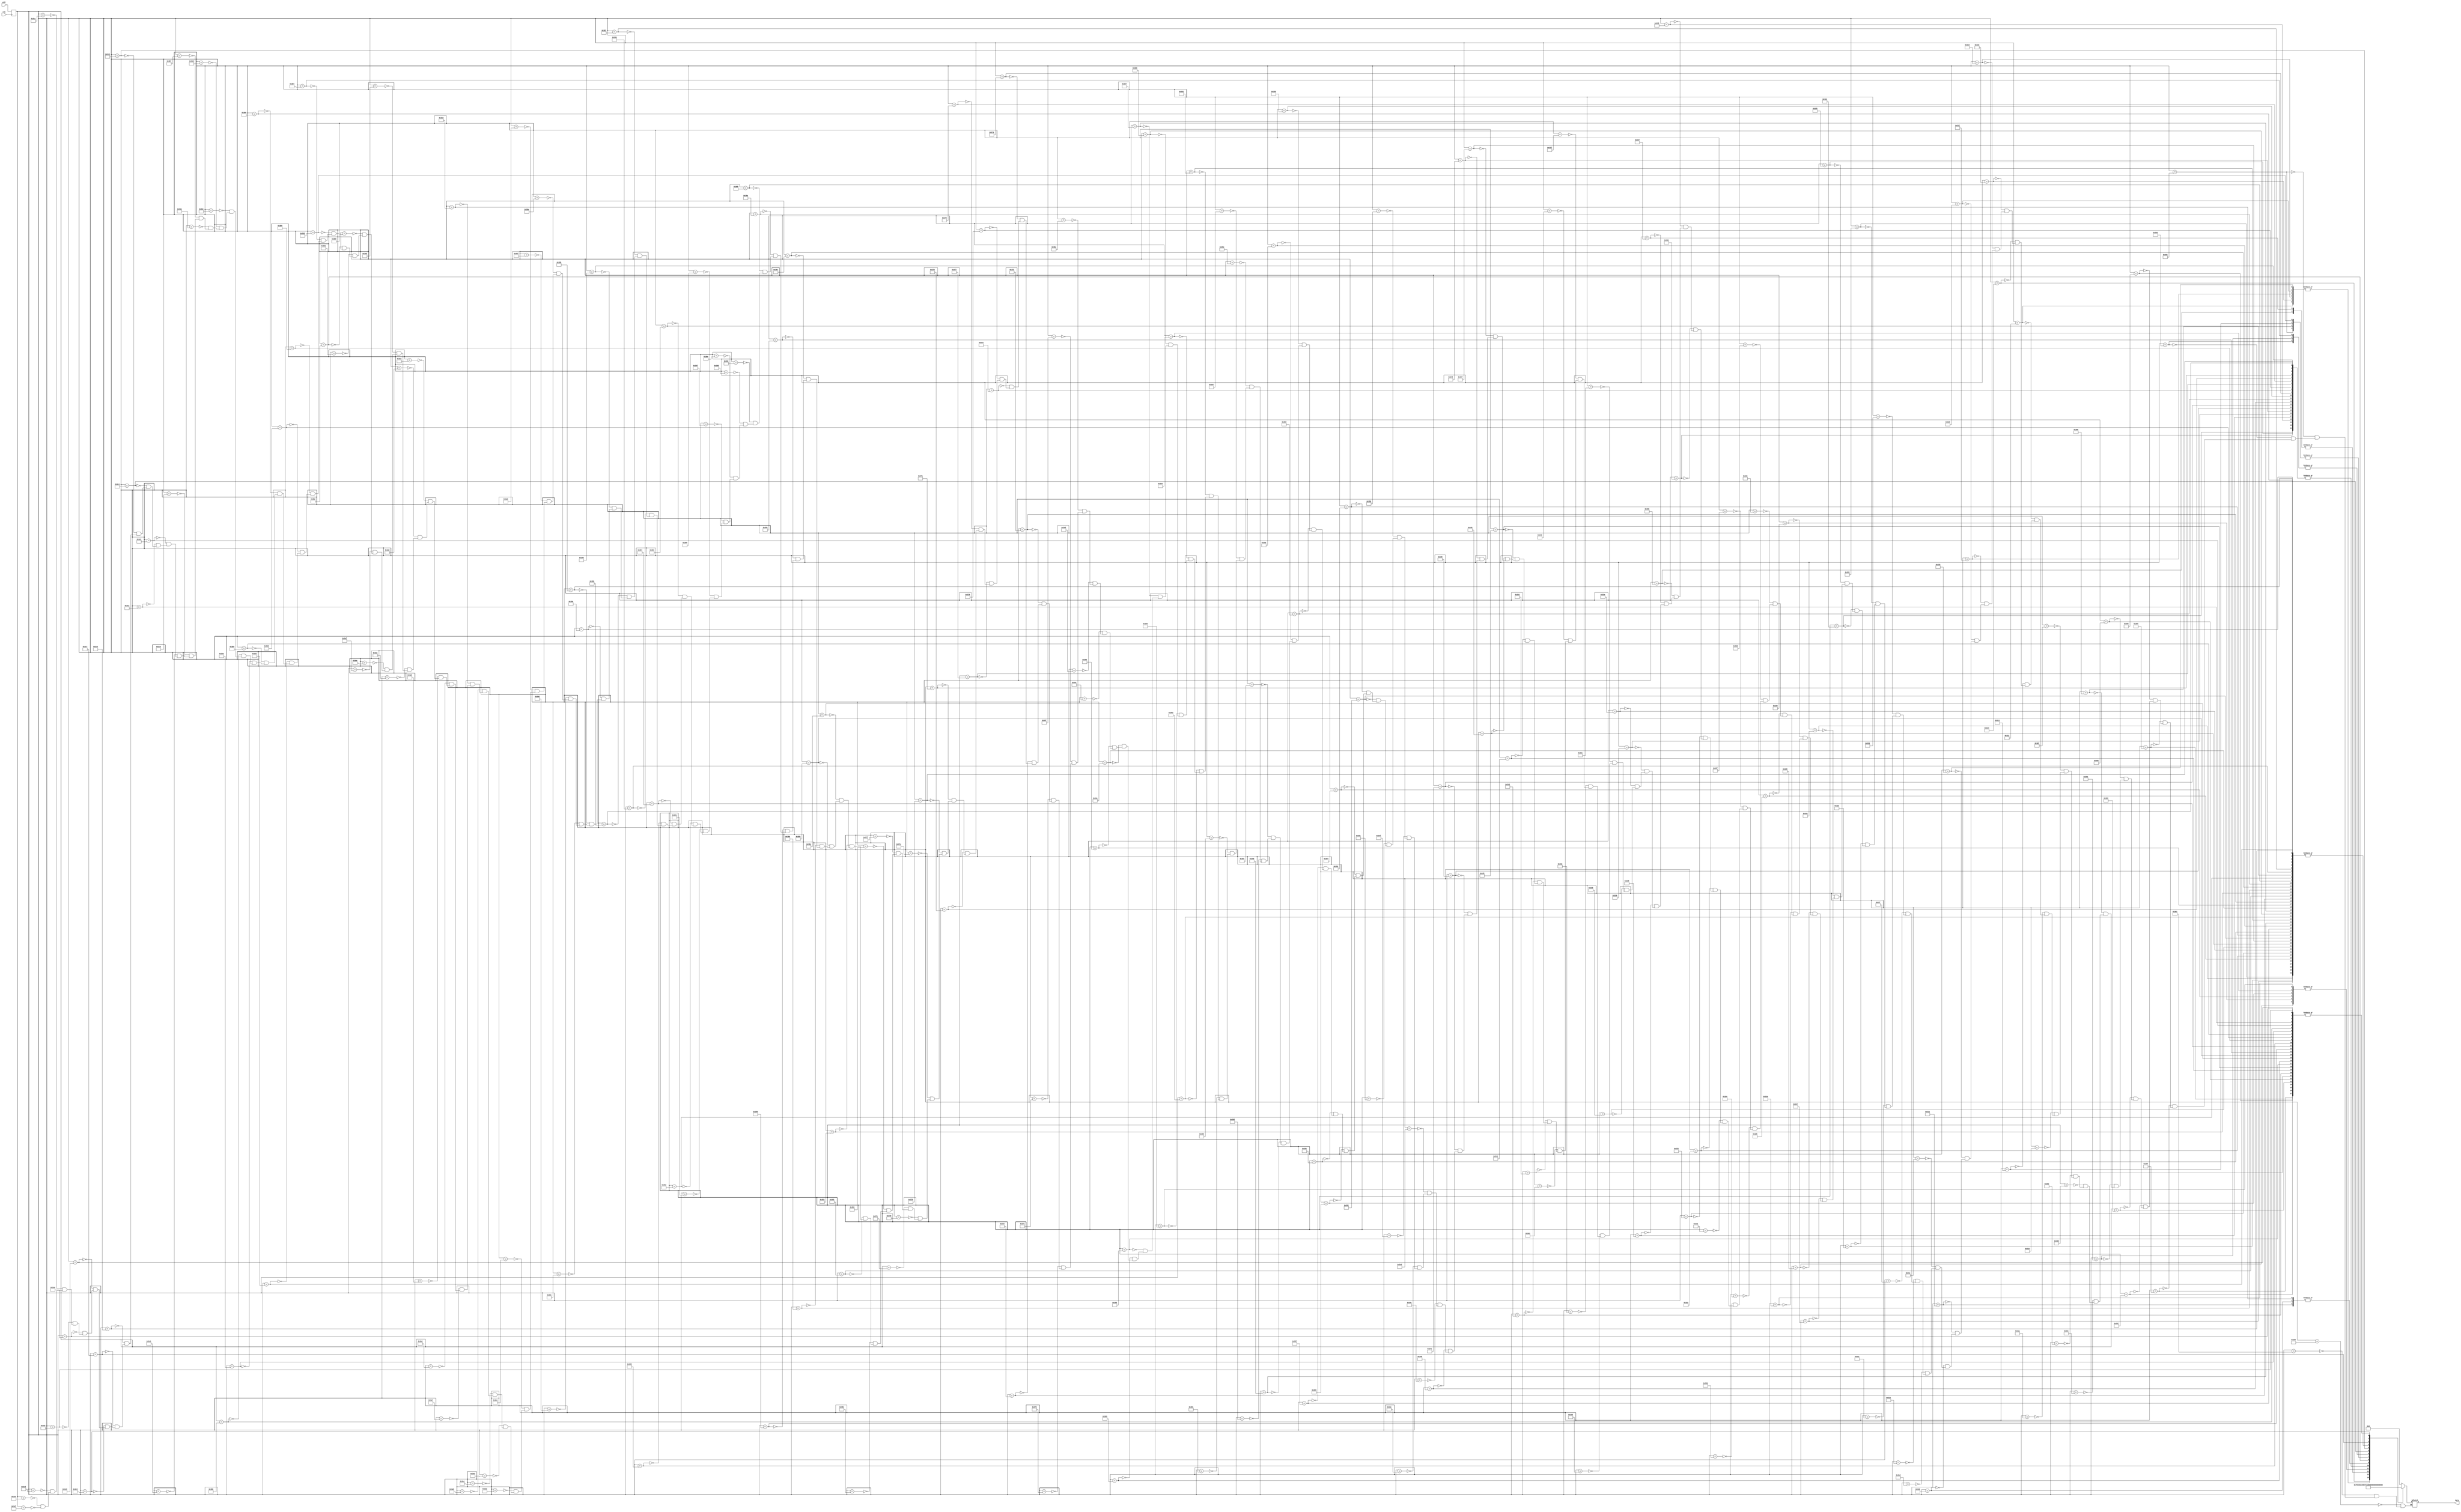
`timescale 1ns /1ps
///////////////////////////////////////////////////////////////////
// Authored by David J. Marion aka FPGA Dude
// Created on 4/11/2022
//
// Description: ROM containing 8x16 ascii characters 0-9 and :
// for the VGA Clock
///////////////////////////////////////////////////////////////////

module digits_rom(
	input clk, 
	input wire [10:0] addr,
	output reg [7:0] data
	);

	(* rom_style = "block" *)	// Infer BRAM

	reg [10:0] addr_reg;
	
	always @(posedge clk)
		addr_reg <= addr;
		
	always @*
		case(addr_reg)
			// code x30 (0)
			11'h300: data = 8'b00000000;	//
			11'h301: data = 8'b00000000;	//
			11'h302: data = 8'b00111000;	//  ***  
			11'h303: data = 8'b01101100;	// ** **
			11'h304: data = 8'b11000110;	//**   **
			11'h305: data = 8'b11000110;	//**   **
			11'h306: data = 8'b11000110;	//**   **
			11'h307: data = 8'b11000110;	//**   **
			11'h308: data = 8'b11000110;	//**   **
			11'h309: data = 8'b11000110;	//**   **
			11'h30a: data = 8'b01101100;	// ** **
			11'h30b: data = 8'b00111000;	//  ***
			11'h30c: data = 8'b00000000;	//
			11'h30d: data = 8'b00000000;	//
			11'h30e: data = 8'b00000000;	//
			11'h30f: data = 8'b00000000;	//
			// code x31 (1)
			11'h310: data = 8'b00000000;	//
			11'h311: data = 8'b00000000;	//
			11'h312: data = 8'b00011000;	//   **  
			11'h313: data = 8'b00111000;	//  ***
			11'h314: data = 8'b01111000;	// ****
			11'h315: data = 8'b00011000;	//   **
			11'h316: data = 8'b00011000;	//   **
			11'h317: data = 8'b00011000;	//   **
			11'h318: data = 8'b00011000;	//   **
			11'h319: data = 8'b00011000;	//   **
			11'h31a: data = 8'b01111110;	// ******
			11'h31b: data = 8'b01111110;	// ******
			11'h31c: data = 8'b00000000;	//
			11'h31d: data = 8'b00000000;	//
			11'h31e: data = 8'b00000000;	//
			11'h31f: data = 8'b00000000;	//
			// code x32 (2)
			11'h320: data = 8'b00000000;	//
			11'h321: data = 8'b00000000;	//
			11'h322: data = 8'b11111110;	//*******  
			11'h323: data = 8'b11111110;	//*******
			11'h324: data = 8'b00000110;	//     **
			11'h325: data = 8'b00000110;	//     **
			11'h326: data = 8'b11111110;	//*******
			11'h327: data = 8'b11111110;	//*******
			11'h328: data = 8'b11000000;	//**
			11'h329: data = 8'b11000000;	//**
			11'h32a: data = 8'b11111110;	//*******
			11'h32b: data = 8'b11111110;	//*******
			11'h32c: data = 8'b00000000;	//
			11'h32d: data = 8'b00000000;	//
			11'h32e: data = 8'b00000000;	//
			11'h32f: data = 8'b00000000;	//
			// code x33 (3)
			11'h330: data = 8'b00000000;	//
			11'h331: data = 8'b00000000;	//
			11'h332: data = 8'b11111110;	//*******  
			11'h333: data = 8'b11111110;	//*******
			11'h334: data = 8'b00000110;	//     **
			11'h335: data = 8'b00000110;	//     **
			11'h336: data = 8'b00111110;	//  *****
			11'h337: data = 8'b00111110;	//  *****
			11'h338: data = 8'b00000110;	//     **
			11'h339: data = 8'b00000110;	//     **
			11'h33a: data = 8'b11111110;	//*******
			11'h33b: data = 8'b11111110;	//*******
			11'h33c: data = 8'b00000000;	//
			11'h33d: data = 8'b00000000;	//
			11'h33e: data = 8'b00000000;	//
			11'h33f: data = 8'b00000000;	//
			// code x34 (4)
			11'h340: data = 8'b00000000;	//
			11'h341: data = 8'b00000000;	//
			11'h342: data = 8'b11000110;	//**   **  
			11'h343: data = 8'b11000110;	//**   **
			11'h344: data = 8'b11000110;	//**   **
			11'h345: data = 8'b11000110;	//**   **
			11'h346: data = 8'b11111110;	//*******
			11'h347: data = 8'b11111110;	//*******
			11'h348: data = 8'b00000110;	//     **
			11'h349: data = 8'b00000110;	//     **
			11'h34a: data = 8'b00000110;	//     **
			11'h34b: data = 8'b00000110;	//     **
			11'h34c: data = 8'b00000000;	//
			11'h34d: data = 8'b00000000;	//
			11'h34e: data = 8'b00000000;	//
			11'h34f: data = 8'b00000000;	//
			// code x35 (5)
			11'h350: data = 8'b00000000;	//
			11'h351: data = 8'b00000000;	//
			11'h352: data = 8'b11111110;	//*******  
			11'h353: data = 8'b11111110;	//*******
			11'h354: data = 8'b11000000;	//**
			11'h355: data = 8'b11000000;	//**
			11'h356: data = 8'b11111110;	//*******
			11'h357: data = 8'b11111110;	//*******
			11'h358: data = 8'b00000110;	//     **
			11'h359: data = 8'b00000110;	//     **
			11'h35a: data = 8'b11111110;	//*******
			11'h35b: data = 8'b11111110;	//*******
			11'h35c: data = 8'b00000000;	//
			11'h35d: data = 8'b00000000;	//
			11'h35e: data = 8'b00000000;	//
			11'h35f: data = 8'b00000000;	//
			// code x36 (6)
			11'h360: data = 8'b00000000;	//
			11'h361: data = 8'b00000000;	//
			11'h362: data = 8'b11111110;	//*******  
			11'h363: data = 8'b11111110;	//*******
			11'h364: data = 8'b11000000;	//**
			11'h365: data = 8'b11000000;	//**
			11'h366: data = 8'b11111110;	//*******
			11'h367: data = 8'b11111110;	//*******
			11'h368: data = 8'b11000110;	//**   **
			11'h369: data = 8'b11000110;	//**   **
			11'h36a: data = 8'b11111110;	//*******
			11'h36b: data = 8'b11111110;	//*******
			11'h36c: data = 8'b00000000;	//
			11'h36d: data = 8'b00000000;	//
			11'h36e: data = 8'b00000000;	//
			11'h36f: data = 8'b00000000;	//
			// code x37 (7)
			11'h370: data = 8'b00000000;	//
			11'h371: data = 8'b00000000;	//
			11'h372: data = 8'b11111110;	//*******  
			11'h373: data = 8'b11111110;	//*******
			11'h374: data = 8'b00000110;	//     **
			11'h375: data = 8'b00000110;	//     **
			11'h376: data = 8'b00000110;	//     **
			11'h377: data = 8'b00000110;	//     **
			11'h378: data = 8'b00000110;	//     **
			11'h379: data = 8'b00000110;	//     **
			11'h37a: data = 8'b00000110;	//     **
			11'h37b: data = 8'b00000110;	//     **
			11'h37c: data = 8'b00000000;	//
			11'h37d: data = 8'b00000000;	//
			11'h37e: data = 8'b00000000;	//
			11'h37f: data = 8'b00000000;	//
			// code x38 (8)
			11'h380: data = 8'b00000000;	//
			11'h381: data = 8'b00000000;	//
			11'h382: data = 8'b11111110;	//*******  
			11'h383: data = 8'b11111110;	//*******
			11'h384: data = 8'b11000110;	//**   **
			11'h385: data = 8'b11000110;	//**   **
			11'h386: data = 8'b11111110;	//*******
			11'h387: data = 8'b11111110;	//*******
			11'h388: data = 8'b11000110;	//**   **
			11'h389: data = 8'b11000110;	//**   **
			11'h38a: data = 8'b11111110;	//*******
			11'h38b: data = 8'b11111110;	//*******
			11'h38c: data = 8'b00000000;	//
			11'h38d: data = 8'b00000000;	//
			11'h38e: data = 8'b00000000;	//
			11'h38f: data = 8'b00000000;	//
			// code x39 (9)
			11'h390: data = 8'b00000000;	//
			11'h391: data = 8'b00000000;	//
			11'h392: data = 8'b11111110;	//*******  
			11'h393: data = 8'b11111110;	//*******
			11'h394: data = 8'b11000110;	//**   **
			11'h395: data = 8'b11000110;	//**   **
			11'h396: data = 8'b11111110;	//*******
			11'h397: data = 8'b11111110;	//*******
			11'h398: data = 8'b00000110;	//     **
			11'h399: data = 8'b00000110;	//     **
			11'h39a: data = 8'b11111110;	//*******
			11'h39b: data = 8'b11111110;	//*******
			11'h39c: data = 8'b00000000;	//
			11'h39d: data = 8'b00000000;	//
			11'h39e: data = 8'b00000000;	//
			11'h39f: data = 8'b00000000;	//
			// code x3a (-)
			11'h3a0: data = 8'b00000000;	//
			11'h3a1: data = 8'b00000000;	//
			11'h3a2: data = 8'b00000000;	//
			11'h3a3: data = 8'b00000000;	//
			11'h3a4: data = 8'b00000000;	//
			11'h3a5: data = 8'b00000000;	//
			11'h3a6: data = 8'b01111110;	// ******
			11'h3a7: data = 8'b00000000;	//
			11'h3a8: data = 8'b00000000;	//
			11'h3a9: data = 8'b00000000;	//
			11'h3aa: data = 8'b00000000;	//
			11'h3ab: data = 8'b00000000;	//
			11'h3ac: data = 8'b00000000;	//
			11'h3ad: data = 8'b00000000;	//
			11'h3ae: data = 8'b00000000;	//
			11'h3af: data = 8'b00000000;	//
			// code x3b (A)
			11'h3b0: data = 8'b00000000;	//
			11'h3b1: data = 8'b00000000;	//
			11'h3b2: data = 8'b00010000;	//   *
			11'h3b3: data = 8'b00111000;	//  ***
			11'h3b4: data = 8'b01101100;	// ** **   
			11'h3b5: data = 8'b11000110;	//**   **   
			11'h3b6: data = 8'b11000110;	//**   **
			11'h3b7: data = 8'b11111110;	//*******
			11'h3b8: data = 8'b11111110;	//*******
			11'h3b9: data = 8'b11000110;	//**   **
			11'h3ba: data = 8'b11000110;	//**   **
			11'h3bb: data = 8'b11000110;	//**   **
			11'h3bc: data = 8'b00000000;	//
			11'h3bd: data = 8'b00000000;	//
			11'h3be: data = 8'b00000000;	//
			11'h3bf: data = 8'b00000000;	//
			// code x3c (N)
			11'h3c0: data = 8'b00000000;	//
			11'h3c1: data = 8'b00000000;	//
			11'h3c2: data = 8'b11000110;	//**   **
			11'h3c3: data = 8'b11000110;	//**   **
			11'h3c4: data = 8'b11100110;	//***  **
			11'h3c5: data = 8'b11110110;	//**** **
			11'h3c6: data = 8'b11111110;	//*******
			11'h3c7: data = 8'b11011110;	//** ****
			11'h3c8: data = 8'b11001110;	//**  ***
			11'h3c9: data = 8'b11000110;	//**   **
			11'h3ca: data = 8'b11000110;	//**   **
			11'h3cb: data = 8'b11000110;	//**   **
			11'h3cc: data = 8'b00000000;	//
			11'h3cd: data = 8'b00000000;	//
			11'h3ce: data = 8'b00000000;	//
			11'h3cf: data = 8'b00000000;	//
		endcase
	
endmodule